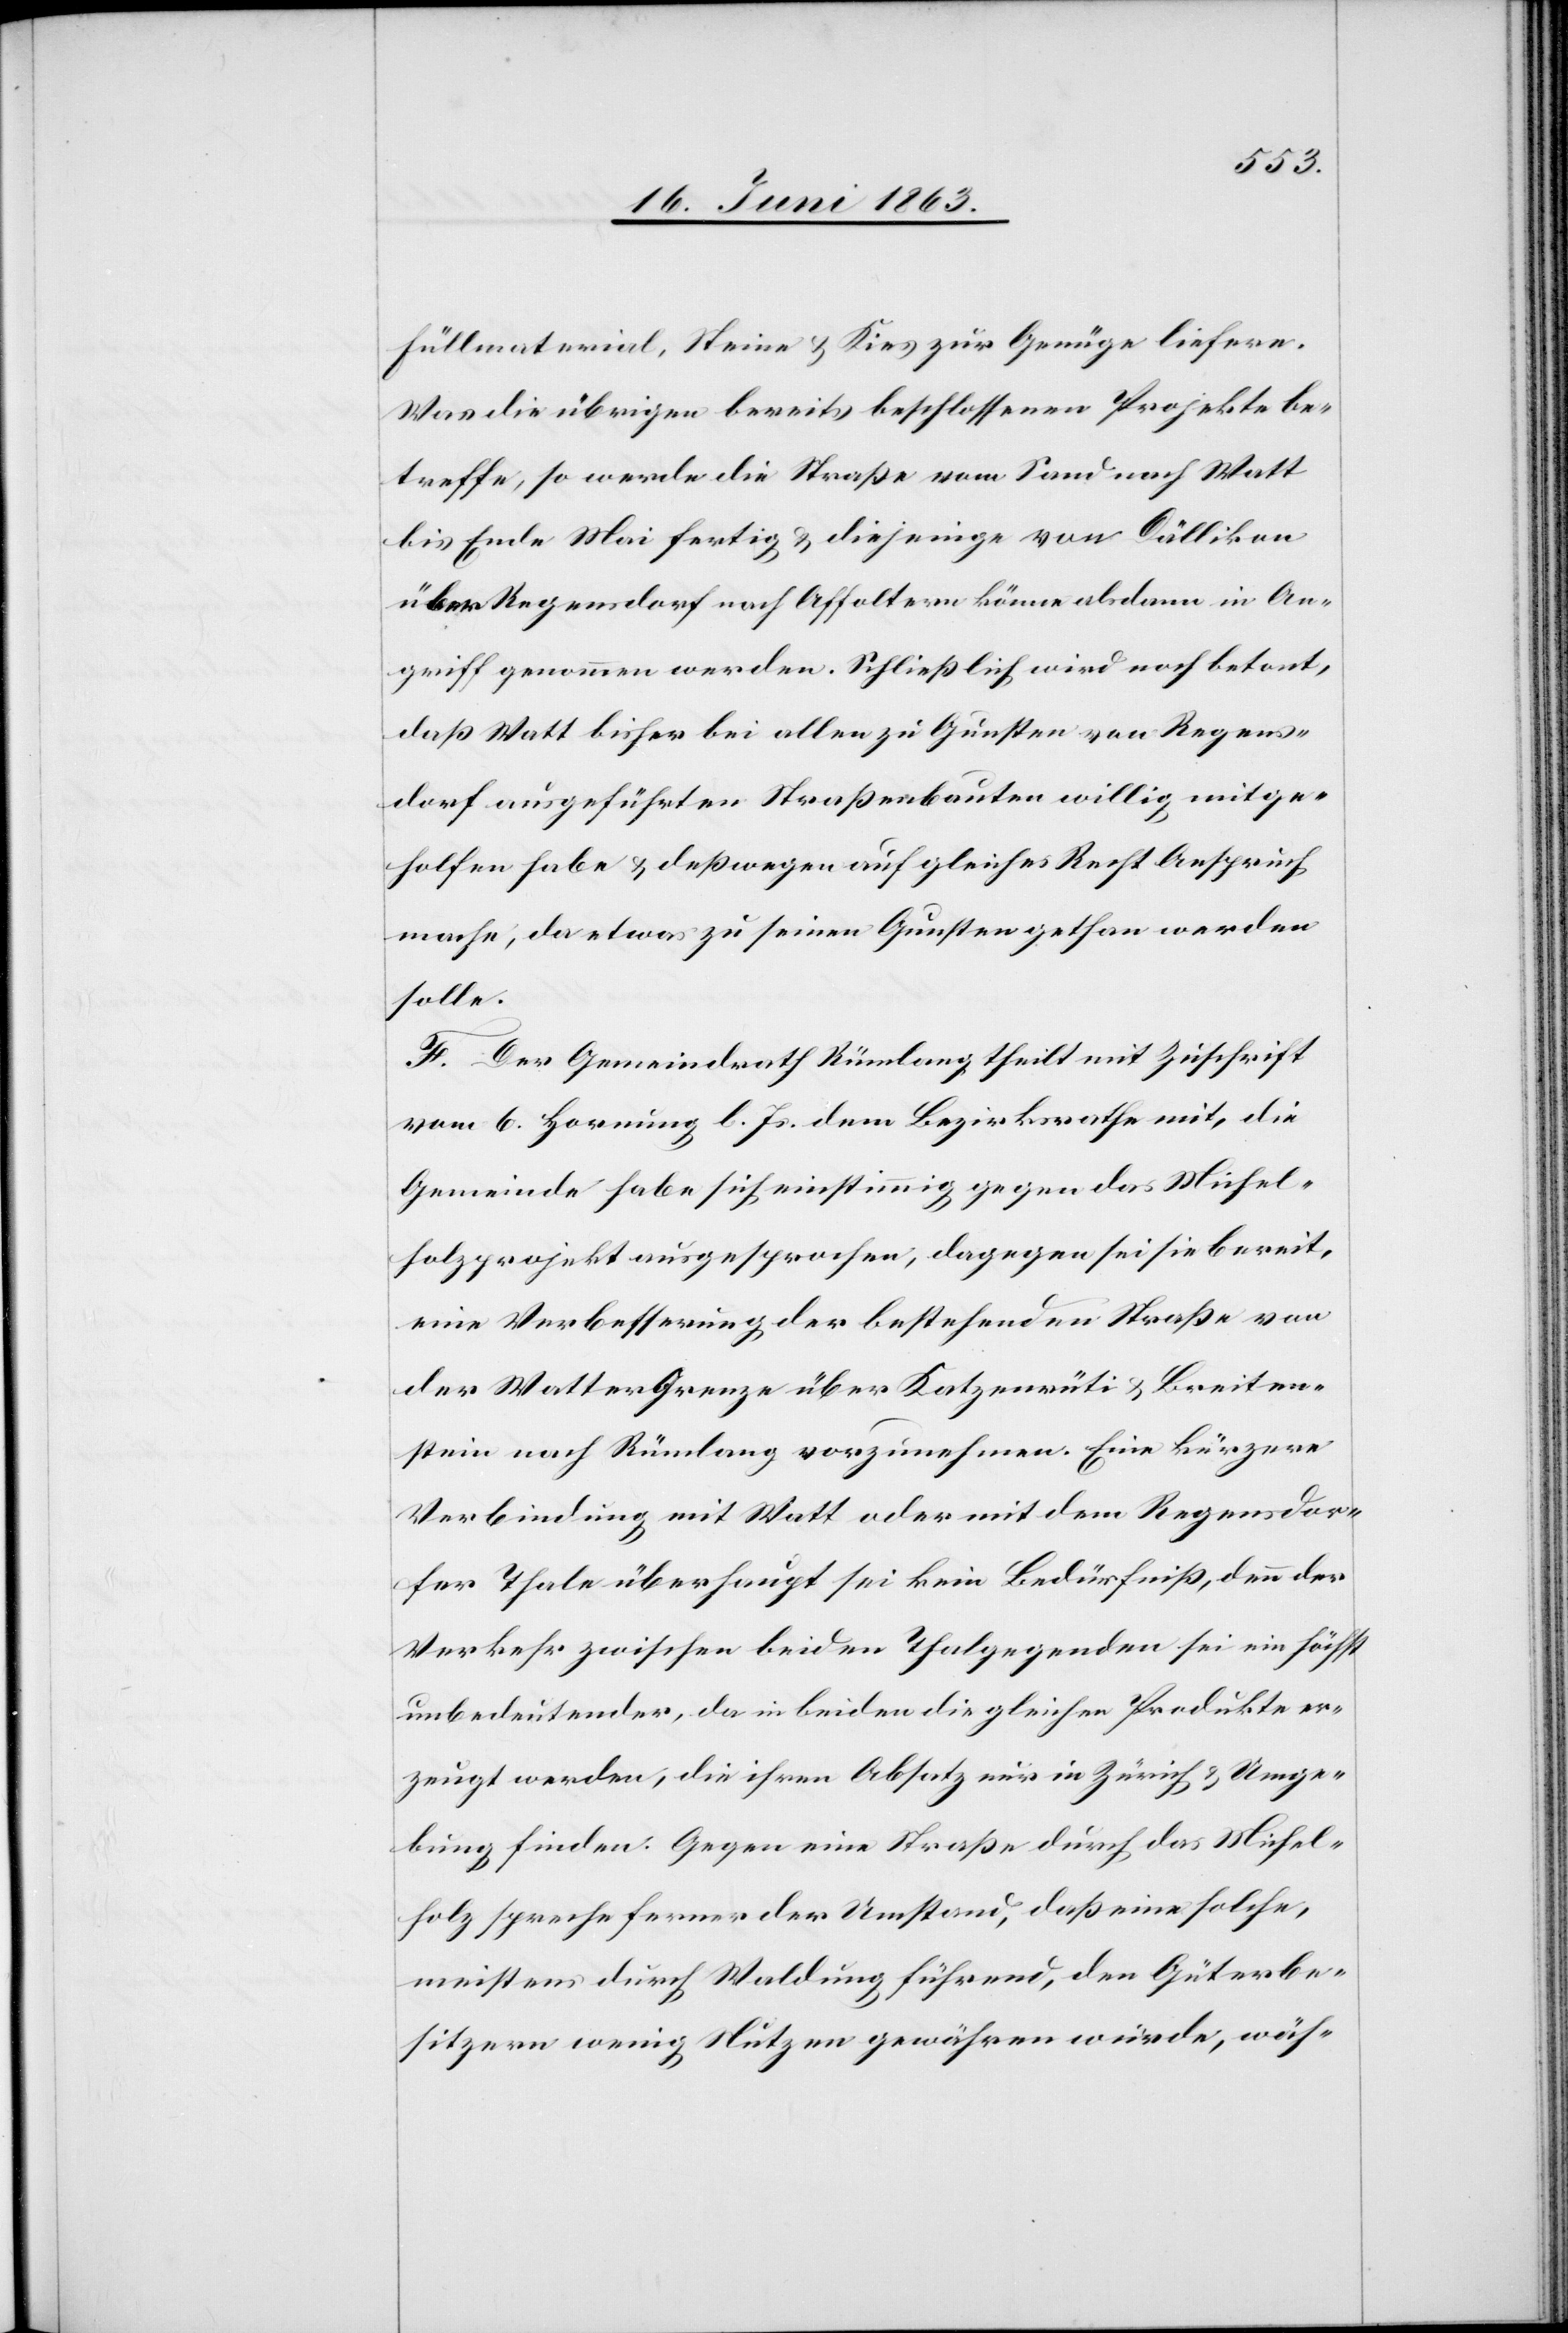
Füllmaterial, Steine & Kies zur Genüge liefere.
Was die übrigen bereits beschlossenen Projekte be¬
treffe, so werde die Straße vom Sand nach Watt
bis Ende Mai fertig & diejenige von Dällikon
über Regensdorf nach Affoltern könne alsdann in An¬
griff genommen werden. Schließlich wird noch betont,
daß Watt bisher bei allen zu Gunsten von Regens¬
dorf ausgeführten Straßenbauten willig mitge¬
holfen habe & deßwegen auf gleiches Recht Anspruch
mache, da etwas zu seinen Gunsten gethan werden
solle.
F. Der Gemeindrath Rümlang theilt mit Zuschrift
vom 6. Hornung l. Js. dem Bezirksrathe mit, die
Gemeinde habe sich einstimmig gegen das Michel¬
holzprojekt ausgesprochen, dagegen sei sie bereit,
eine Verbesserung der bestehenden Straße von
der Wasser Grenze über Katzenrüti & Breiten¬
stein nach Rümlang vorzunehmen. Eine kürzere
Verbindung mit Watt oder mit dem Regensdor¬
fer Thale überhaupt sei kein Bedürfniß, denn der
Verkehr zwischen beiden Thalgegenden sei ein höchst
unbedeutender, da in beiden die gleichen Produkte er¬
zeugt werden, die ihren Absatz nur in Zürich & Umge¬
bung finden. Gegen eine Straße durch das Michel¬
holz spreche ferner der Umstand, daß eine solche,
meistens durch Waldung führend, den Güterbe¬
sitzern wenig Nutzen gewähren würde, wäh-